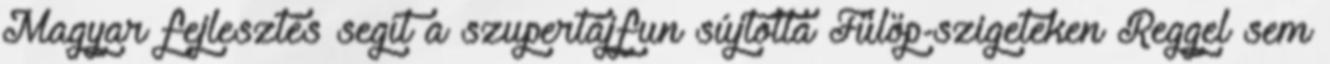
Magyar fejlesztés segít a szupertájfun sújtotta Fülöp-szigeteken Reggel sem